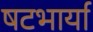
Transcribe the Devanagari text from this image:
षटभार्या